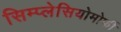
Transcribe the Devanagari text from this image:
सिम्प्लेसियोमोर्फी